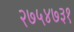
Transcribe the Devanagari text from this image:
२७५४७३१